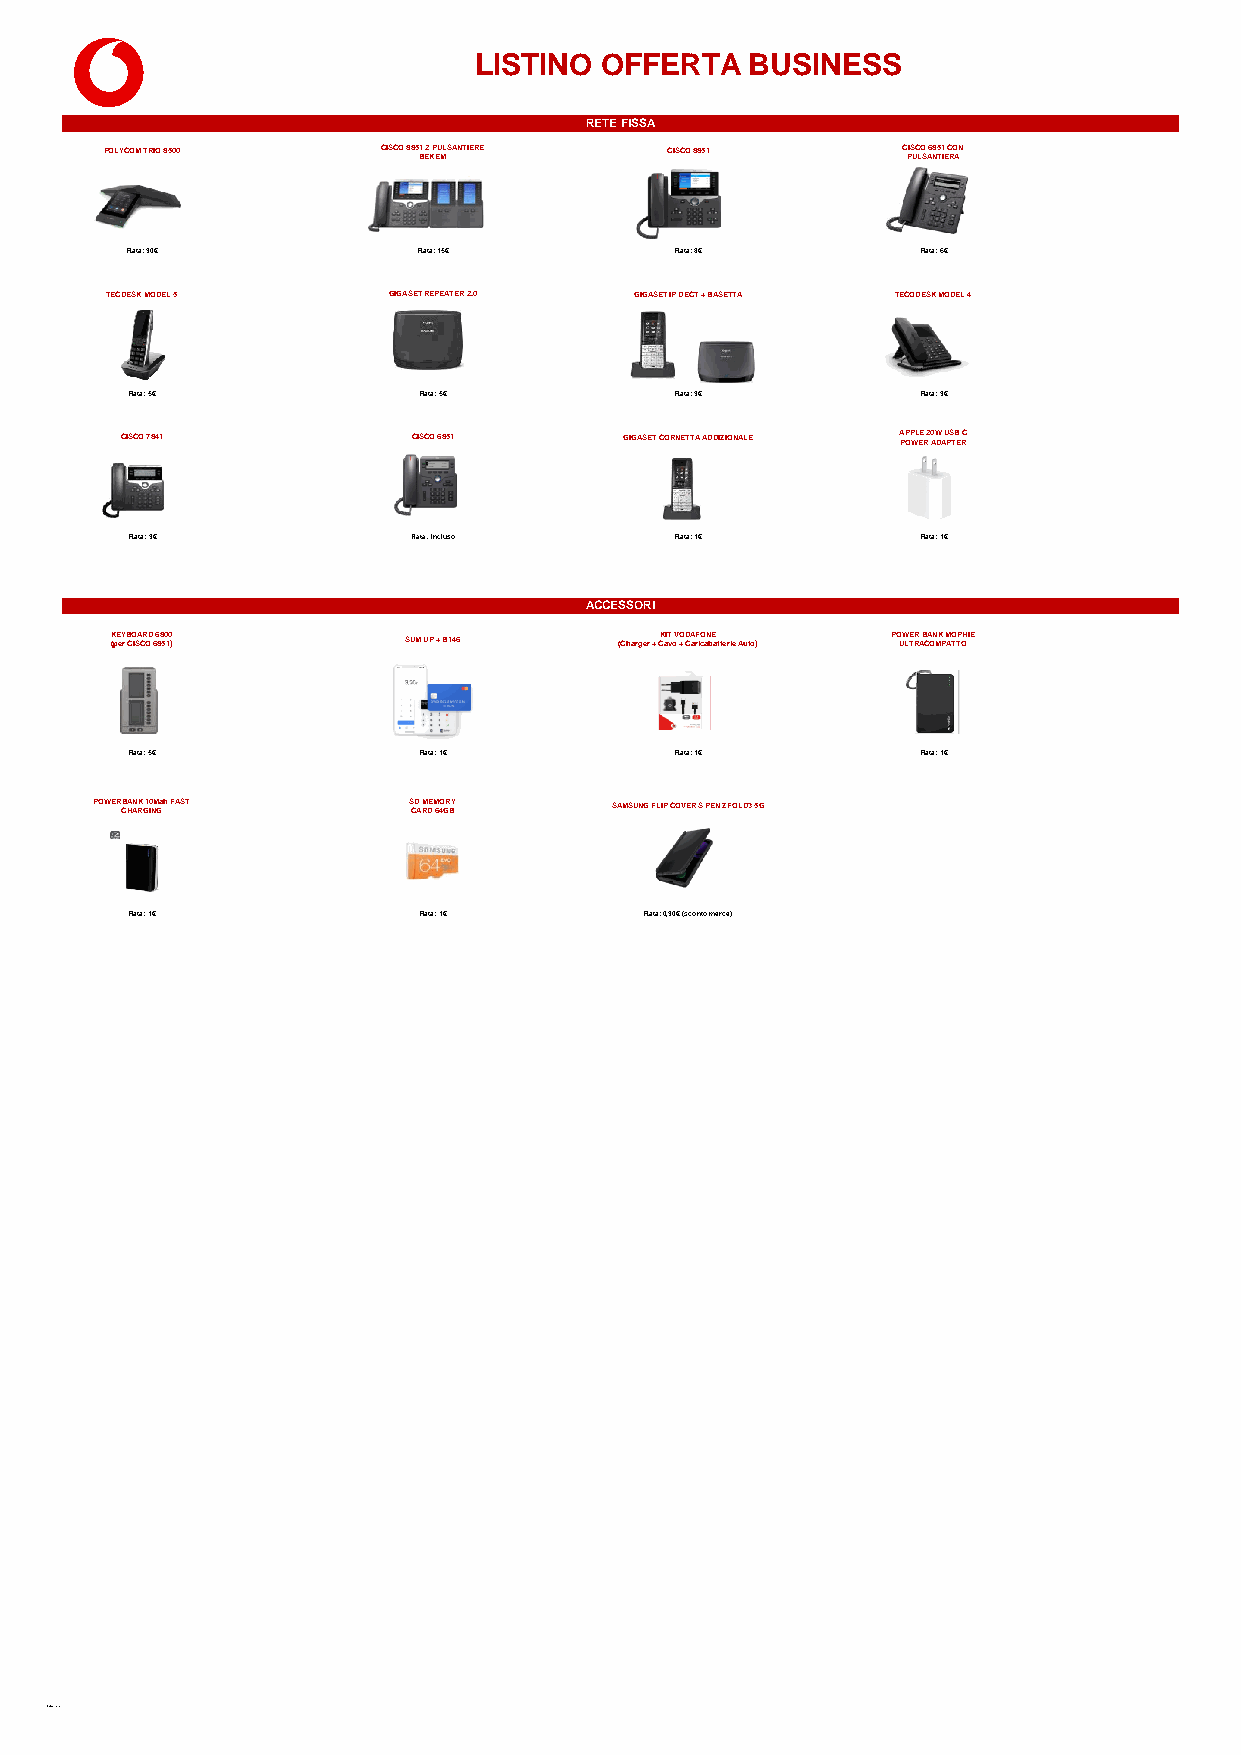
LISTINO  OFFERTA   BUSINESS
 RETE FISSA
 POLYCOM TRIO 8500 CISCO 8851 B E2 K P EU MLSANTIERE CISCO 8851 C PIS UC LO S A6 N85 T1 IE C RO AN
 Rata: 30€           Rata: 15€        Rata: 8€        Rata: 6€
 TECDESK MODEL 5    GIGASET REPEATER 2.0 GIGASET IP DECT + BASETTA TECODESK MODEL 4
 Rata: 5€           Rata: 5€         Rata: 3€        Rata: 3€
 CISCO 7841         CISCO 6851    GIGASET CORNETTA ADDIZIONALE A PP OP WL EE R 2 0 AW DA U PS TB E RC
 Rata: 3€          Rata: incluso     Rata: 1€        Rata: 1€
 ACCESSORI
 K (pE eY r B CO ISA CR OD 6 6 88 50 10 ) SUM UP + B146 (Charger + CK aIT v oV O + D CA arF iO caN bE atterie Auto) PO UW LTE RR A B CA ON MK P M AO TTP OHIE
 Rata: 5€           Rata: 1€         Rata: 1€        Rata: 1€
 POWER CB HA AN RK G 1 I0 NM Gah FAST S CD A RM DE M 64O GR BY SAMSUNG FLIP COVER S PEN ZFOLD3 5G
 Rata: 1€           Rata: 1€       Rata: 0,30€ (sconto merce)
 #C2 General